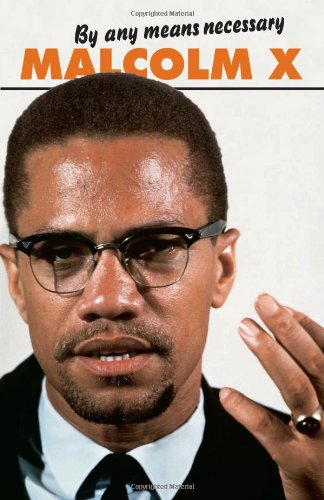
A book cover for By Any Means Necessary (Malcolm X Speeches and Writings) (Malcolm X speeches & writings); Malcolm X; Biographies & Memoirs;